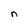
Character: n